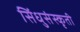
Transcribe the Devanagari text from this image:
सिंधुसंस्कृती